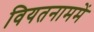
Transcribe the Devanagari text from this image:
वियतनाममें